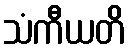
သံကီယတိ